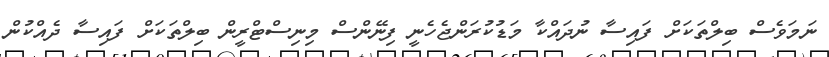
ނަމަވެސް ބިލްތަކަށް ފައިސާ ނުދައްކާ މަޑުކުރަންޖެހެނީ ފިނޭންސް މިނިސްޓްރީން ބިލްތަކަށް ފައިސާ ދެއްކުން